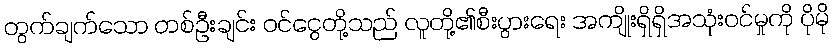
တွက်ချက်သော တစ်ဦးချင်း ဝင်ငွေတို့သည် လူတို့၏စီးပွားရေး အကျိုးရှိရှိအသုံးဝင်မှုကို ပိုမို